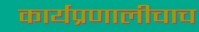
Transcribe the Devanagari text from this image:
कार्यप्रणालीचाच